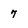
Character: 7